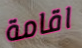
اقامة